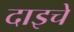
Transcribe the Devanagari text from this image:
दाइचे